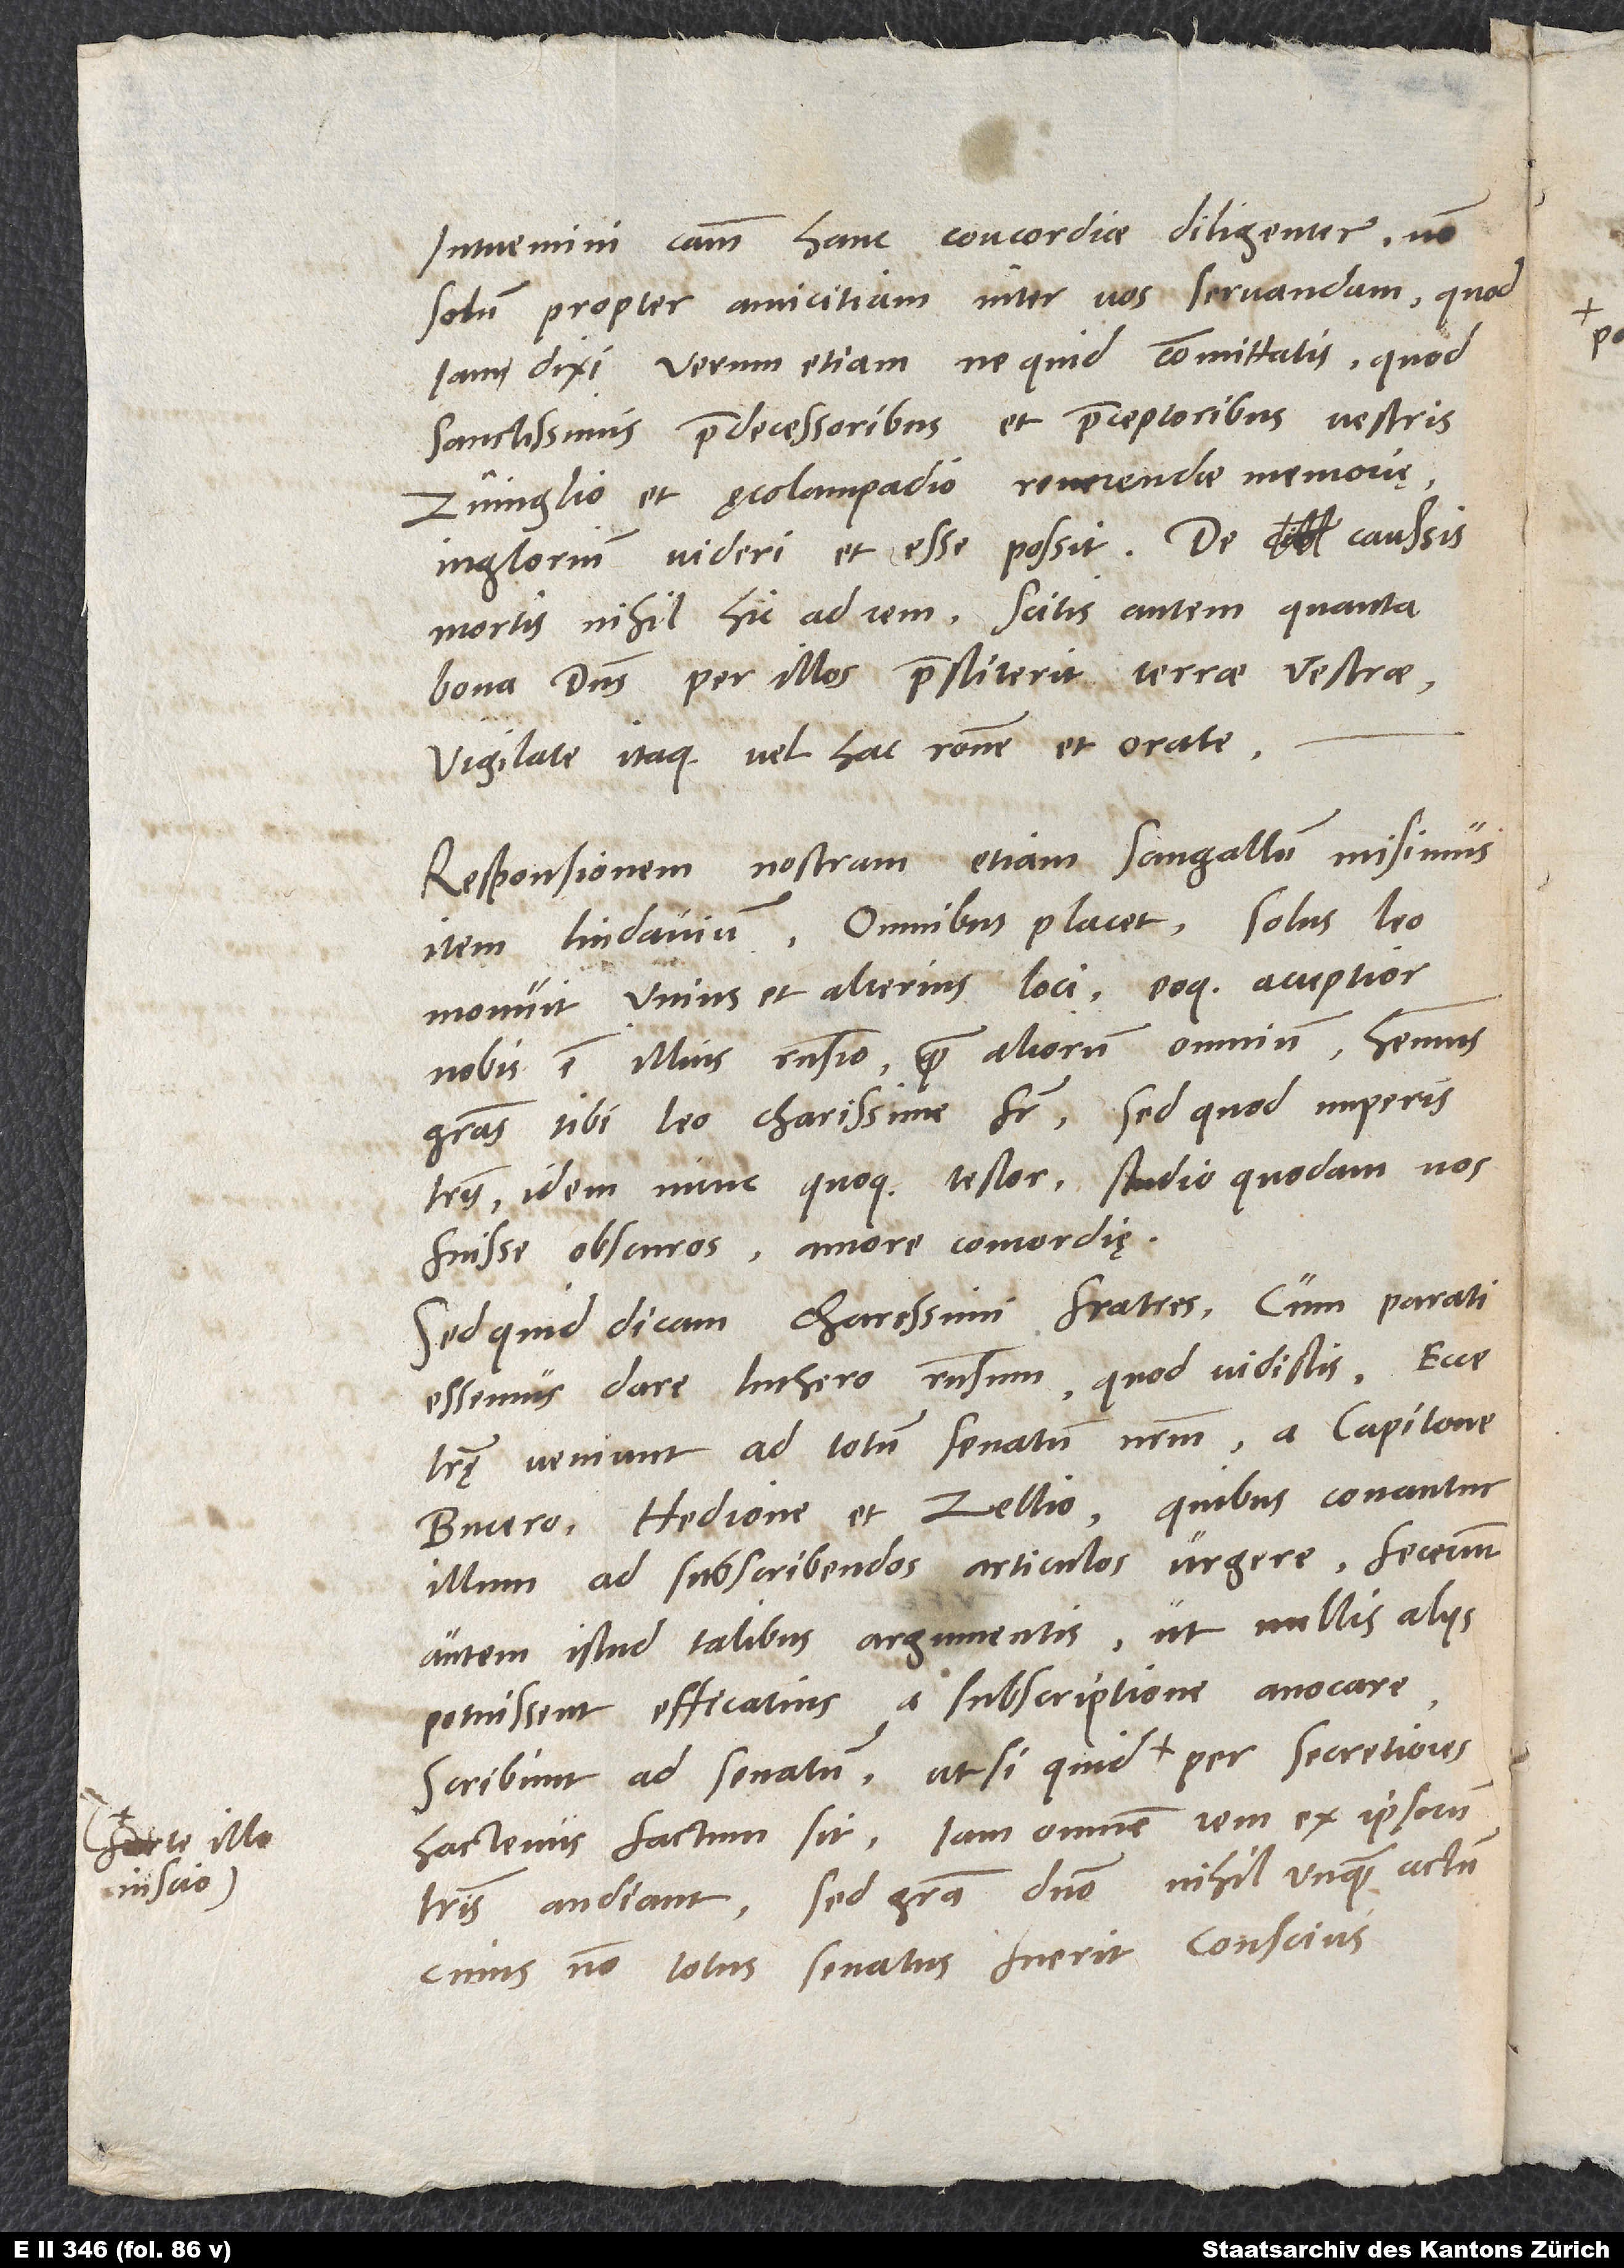
inscio)

intuemini causam hanc concordiae diligenter, non
solum propter amicitiam inter vos servandam, quod
iam dixi, verum etiam, ne quid committatis, quod
sanctissimis praedecessoribus et praeceptoribus vestris
Zvinglio et Aecolampadio reverendae memoriae
inglorium videri et esse possit. De caussis
mortis nihil hic ad rem. Scitis autem, quanta
bona dominus per illos praestiterit terrae vestrae.
Vigilate itaque vel hac ratione et orate.
Responsionem nostram etiam Sangallum misimus,
item Lindavium. Omnibus placet. Solus Leo
monuit unius et alterius loci, eoque acceptior
nobis est illius responsio quam aliorum omnium. Habemus
gratias tibi, Leo, charissime frater. Sed, quod nuperis
literis idem nunc, quoque testor, studio quodam nos
fuisse obscuros, amore concordię.
Sed quid dicam, charissimi fratres? Cum parati
essemus dare Luthero responsum, quod vidistis, ecce
literę veniunt ad totum senatum nostrum a Capitone,
Bucero, Hedione et Zellio, quibus conantur
illum ad subscribendos articulos urgere. Fecerunt
autem istud talibus argumentis, ut nullis aliis
potuissent efficatius a subscriptione avocare.
hactenus factum sit, iam omnem rem ex ipsorum
literis audiant. Sed gratia domino nihil unquam actum,
cuius non totus senatus fuerit conscius.